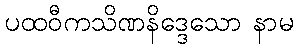
ပထဝီကသိဏနိဒ္ဒေသော နာမ